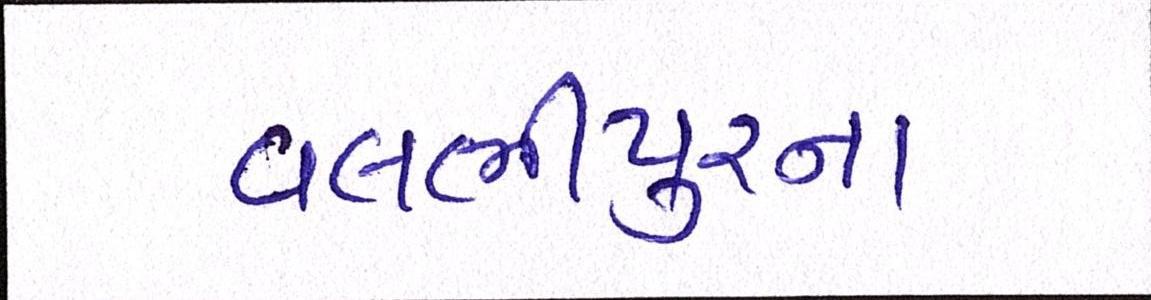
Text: વલભીપુરના